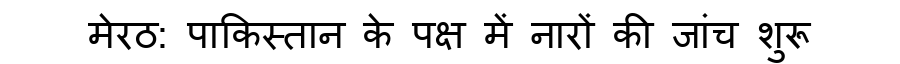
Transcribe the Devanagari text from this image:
मेरठ: पाकिस्तान के पक्ष में नारों की जांच शुरू